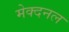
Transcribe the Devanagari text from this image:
मेक्दनल